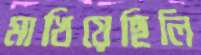
মাখিয়েছিলি